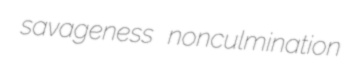
savageness nonculmination